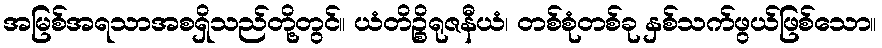
အမြစ်အရသာအစရှိသည်တို့တွင်။ ယံတိဉ္စိရုဇနီယံ၊ တစ်စုံတစ်ခု နှစ်သက်ဖွယ်ဖြစ်သော။